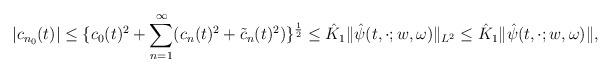
LaTeX: \begin{align*} |c_{n_0}(t)|\leq\{c_0(t)^2+\sum_{n=1}^{\infty}(c_n(t)^2+\tilde c_n(t)^2)\}^{\frac{1}{2}} \leq \hat K_1\|\hat\psi(t,\cdot;w,\omega)\|_{L^2} \leq \hat K_1\|\hat\psi(t,\cdot;w,\omega)\|,\end{align*}